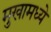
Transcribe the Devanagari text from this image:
मुखामध्ये